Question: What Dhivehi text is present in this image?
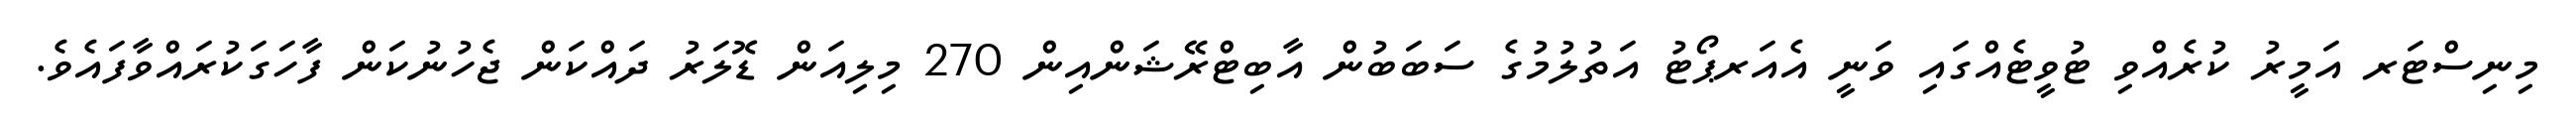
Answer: މިނިސްޓަރ އަމީރު ކުރެއްވި ޓުވީޓެއްގައި ވަނީ އެއަރޕޯޓު އަތުލުމުގެ ސަބަބުން އާބިޓްރޭޝަންއިން 270 މިލިއަން ޑޮލަރު ދައްކަން ޖެހުނުކަން ފާހަގަކުރައްވާފައެވެ.